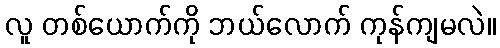
လူ တစ်ယောက်ကို ဘယ်လောက် ကုန်ကျမလဲ။